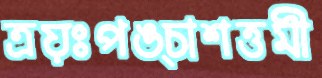
ত্রয়ঃপঙ্চাশত্তমী